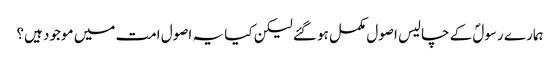
ہمارے رسولؐ کے چالیس اصول مکمل ہو گئے لیکن کیا یہ اصول امت میں موجود ہیں؟